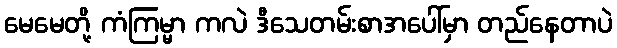
မေမေတို့ ကံကြမ္မာ ကလဲ ဒီသေတမ်းစာအပေါ်မှာ တည်နေတာပဲ